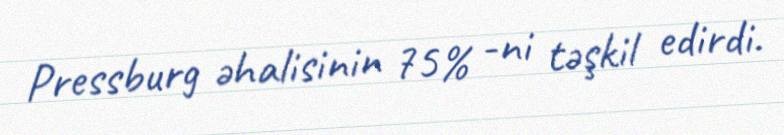
Pressburg əhalisinin 75% -ni təşkil edirdi.